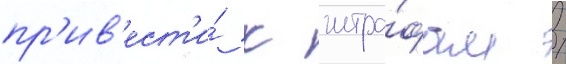
пр'ив'ест'и́ к штра́фам /